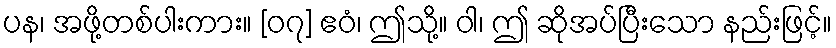
ပန၊ အဖို့တစ်ပါးကား။ [၀၇] ဧဝံ၊ ဤသို့။ ဝါ၊ ဤ ဆိုအပ်ပြီးသော နည်းဖြင့်။